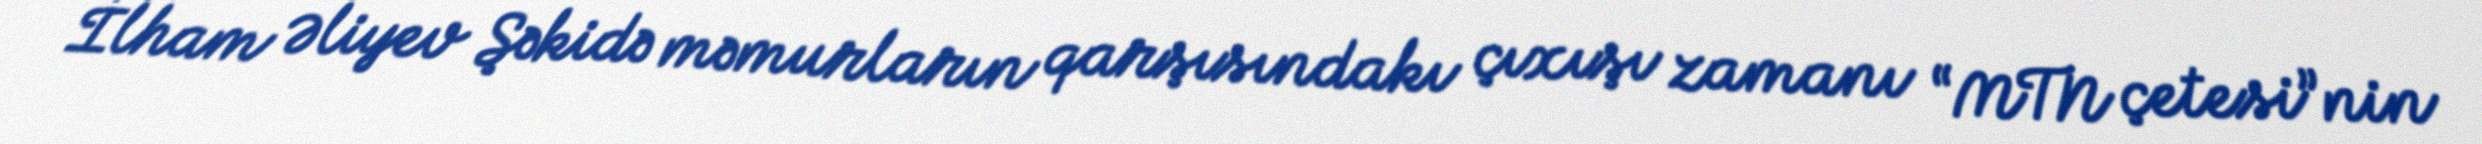
İlham Əliyev Şəkidə məmurların qarşısındakı çıxışı zamanı “MTN çetesi”nin